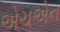
એચએન